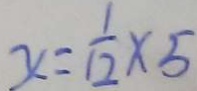
x = \frac { 1 } { 1 2 } \times 5